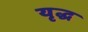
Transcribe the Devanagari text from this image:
यृद्ध